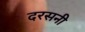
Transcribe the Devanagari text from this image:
दरसनी